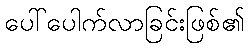
ပေါ်ပေါက်လာခြင်းဖြစ်၏